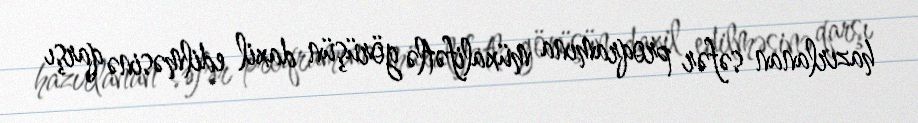
hazırlanan səfər proqramına müxalifətlə görüşün daxil edilməsinə qarşı